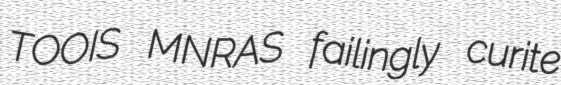
TOOIS MNRAS failingly curite